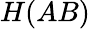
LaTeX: H(AB)